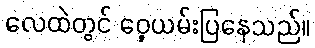
လေထဲတွင် ဝှေ့ယမ်းပြနေသည်။